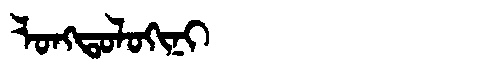
Manchu: ᠯᠣᠩᡨᠣᠯᠣᡴᡳᠨᡳ
Romanization: LONGTOLOKINI